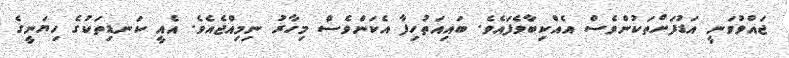
ޖައްވުވަނީ އަޑުފަށްތަކުންވެސް އެއްކިބާވެފައެވެ. ބައިއަތުހިފާ އެކަންވެސް މިހާރު ނިމިއްޖެއެވެ. އެއީ ކަނޑިތަކުގެ ހިޔަނީގެ